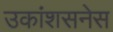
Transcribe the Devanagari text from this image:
उकांशसनेस